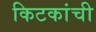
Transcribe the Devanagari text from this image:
किटकांची